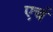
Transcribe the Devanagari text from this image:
एचं